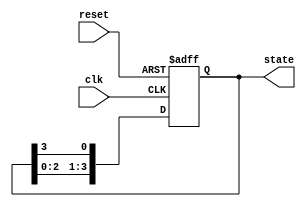
module ring_counter (
    input wire clk,        // Clock signal
    input wire reset,      // Asynchronous reset signal
    output reg [3:0] state // Current state of the counter
);

// Initialize the ring counter state
always @(posedge clk or posedge reset) begin
    if (reset) begin
        state <= 4'b1000; // Initial state (single '1' at the highest bit)
    end else begin
        // Shift the '1' to the left and wrap around
        state <= {state[2:0], state[3]}; // shift left and feedback the MSB to LSB
    end
end

endmodule